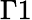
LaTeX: \Gamma 1